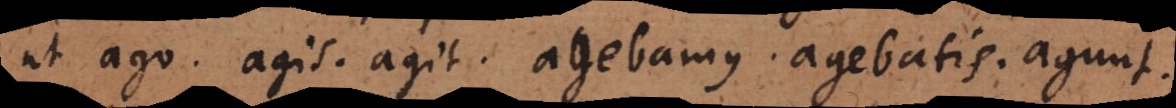
ut ago. agis. agit. agebamus. agebatis. agunt.